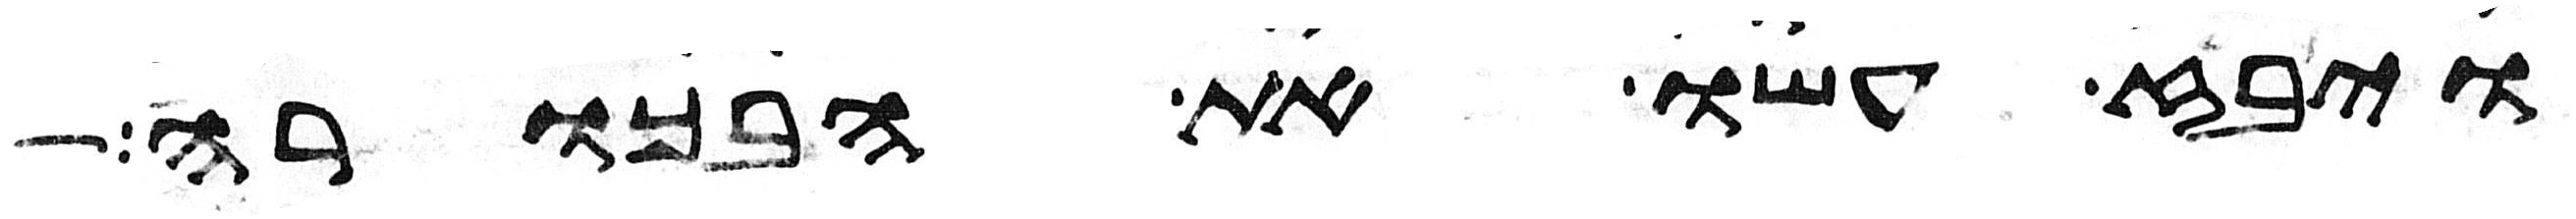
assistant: ויבז עשו את הבכורה